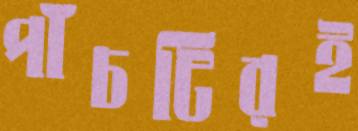
পাঁচটিরই